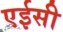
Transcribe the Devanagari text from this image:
एईसी